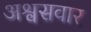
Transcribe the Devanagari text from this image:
अश्वसवार